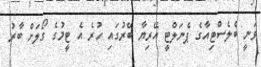
ވަނީ ބެލެސްޓިއާގެ ޕެނަލްޓީ އޭރިޔާ ބޭރުގައި ހުރެ އެ ޓީމުގެ ގޯލަށް ބާރު